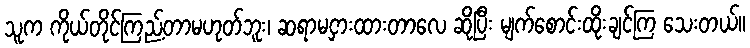
သူက ကိုယ်တိုင်ကြည့်တာမဟုတ်ဘူး၊ ဆရာမငှားထားတာလေ ဆိုပြီး မျက်စောင်းထိုးချင်ကြ သေးတယ်။